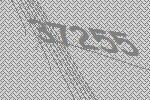
37255